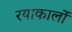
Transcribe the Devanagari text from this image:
रयाकार्लो